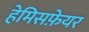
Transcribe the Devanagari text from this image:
हेमिसफ़ेयर